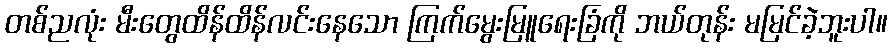
တစ်ညလုံး မီးတွေထိန်ထိန်လင်းနေသော ကြက်မွေးမြူရေးခြံကို ဘယ်တုန်း မမြင်ခဲ့ဘူးပါ။